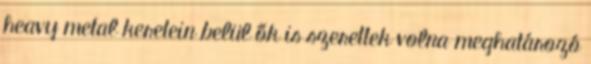
heavy metal keretein belül ők is szerettek volna meghatározó